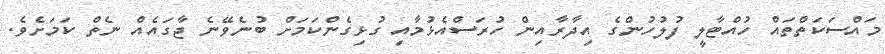
މައްސަކަތްތައް ހުއްޓާލީ ފުލުހުންގެ އިދާރާއިން ހުރަސްއެޅުމާއި ގުޅިގެންކަމަށް ބުނެވޭނެ ޖާގައެއް ނެތް ކަމަށެވެ.